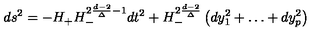
d s ^ { 2 } = - H _ { + } H _ { - } ^ { 2 { \frac { d - 2 } { \Delta } } - 1 } d t ^ { 2 } + H _ { - } ^ { 2 { \frac { d - 2 } { \Delta } } } \left( d y _ { 1 } ^ { 2 } + \dots + d y _ { p } ^ { 2 } \right) \qquad \qquad \qquad \qquad